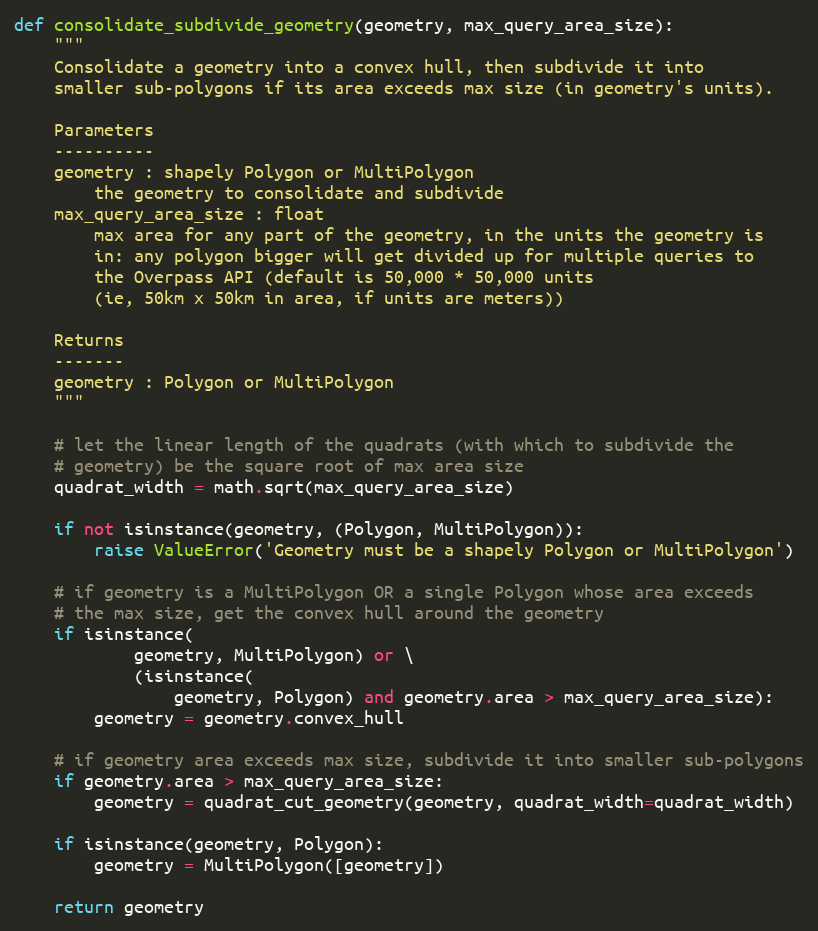
Language: Python
def consolidate_subdivide_geometry(geometry, max_query_area_size):
    """
    Consolidate a geometry into a convex hull, then subdivide it into
    smaller sub-polygons if its area exceeds max size (in geometry's units).

    Parameters
    ----------
    geometry : shapely Polygon or MultiPolygon
        the geometry to consolidate and subdivide
    max_query_area_size : float
        max area for any part of the geometry, in the units the geometry is
        in: any polygon bigger will get divided up for multiple queries to
        the Overpass API (default is 50,000 * 50,000 units
        (ie, 50km x 50km in area, if units are meters))

    Returns
    -------
    geometry : Polygon or MultiPolygon
    """

    # let the linear length of the quadrats (with which to subdivide the
    # geometry) be the square root of max area size
    quadrat_width = math.sqrt(max_query_area_size)

    if not isinstance(geometry, (Polygon, MultiPolygon)):
        raise ValueError('Geometry must be a shapely Polygon or MultiPolygon')

    # if geometry is a MultiPolygon OR a single Polygon whose area exceeds
    # the max size, get the convex hull around the geometry
    if isinstance(
            geometry, MultiPolygon) or \
            (isinstance(
                geometry, Polygon) and geometry.area > max_query_area_size):
        geometry = geometry.convex_hull

    # if geometry area exceeds max size, subdivide it into smaller sub-polygons
    if geometry.area > max_query_area_size:
        geometry = quadrat_cut_geometry(geometry, quadrat_width=quadrat_width)

    if isinstance(geometry, Polygon):
        geometry = MultiPolygon([geometry])

    return geometry